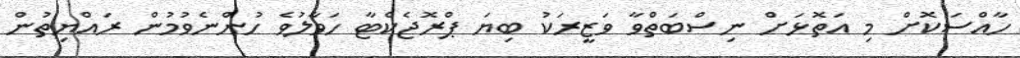
ހާއްސަކޮށް މި އަތޮޅަށް ނިސްބަތްވާ ވަޒީރަކު ބިޔަ ޕްރޮޖެކްޓާ ހަވާލުވެ ހުންނެވުމުން ރައްޔިތުން